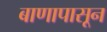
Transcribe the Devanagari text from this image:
बाणापासून